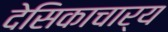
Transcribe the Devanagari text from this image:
देसिकाचार्य